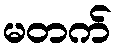
မတက်